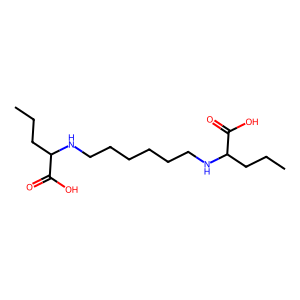
SMILES: CCCC(NCCCCCCNC(CCC)C(=O)O)C(=O)O
Inhibits HIV replication: No